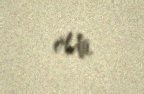
öldü.